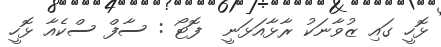
ޅޮހީ ގައި ޒުވާނަކު ރާޅާއަޅަނީ  ފޮޓޯ : ސާފް ސްކެއާ ޅޮހީ